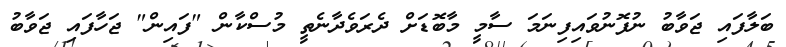
ބަލާފައި ޖަވާބު ނުފޮނުވައިފިނަމަ ސާމީ މާބޮޑަށް ދެރަވެދާނެތީ މުސްކާން "ފައިން" ޖަހާފައި ޖަވާބު